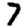
Digit: 7